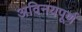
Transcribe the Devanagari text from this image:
अविनयपूर्ण